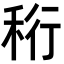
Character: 𥞧